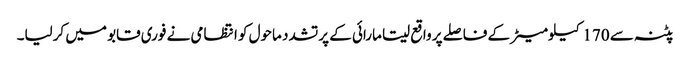
پٹنہ سے 170کیلومیٹر کے فاصلے پر واقع سیتا مارائی کے پرتشدد ماحول کو انتظامی نے فوری قابو میں کرلیا۔